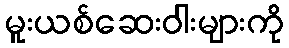
မူးယစ်ဆေးဝါးများကို